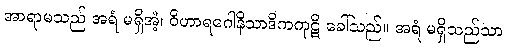
အာရာမသည် အရံ မရှိအံ့၊ ဝိဟာရဂေါနိသာဒိကကုဋိ ခေါ်သည်။ အရံ မရှိသည်သာ